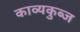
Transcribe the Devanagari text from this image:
काव्यकुब्ज